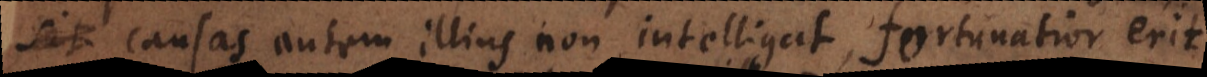
causas autem illius non intelligat, fortunatior erit